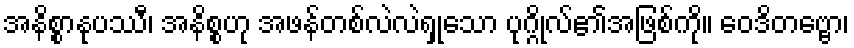
အနိစ္စာနုပဿီ၊ အနိစ္စဟု အဖန်တစ်လဲလဲရှုသော ပုဂ္ဂိုလ်၏အဖြစ်ကို။ ဝေဒိတဗ္ဗော၊